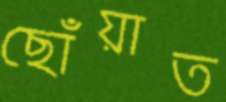
ছোঁয়াত